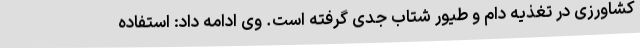
کشاورزی در تغذیه دام و طیور شتاب جدی گرفته است. وی ادامه داد: استفاده